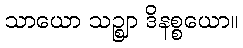
သာယော သဉ္ဈာ ဒိနစ္စယော။